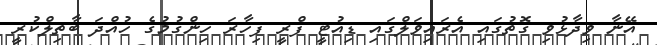
އޭނާ ވިދާޅުވި ގޮތުގައި އެރައިވަލްގައި ޑިއުޓީ ފްރީ ފިހާރަ ހިންގުމުގެ ހުއްދަ ބާތިލްކުރީ